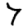
Digit: 7